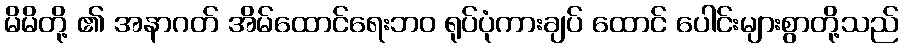
မိမိတို့ ၏ အနာဂတ် အိမ်ထောင်ရေးဘဝ ရုပ်ပုံကားချပ် ထောင် ပေါင်းများစွာတို့သည်